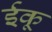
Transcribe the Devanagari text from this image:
ईकू